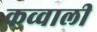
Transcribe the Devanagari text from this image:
कव्‍वाली